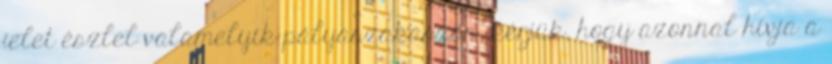
jelet észlel valamelyik pályaszakaszon, kérjük, hogy azonnal hívja a